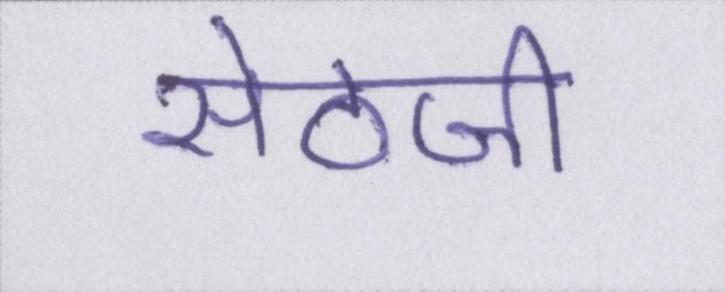
सेठजी